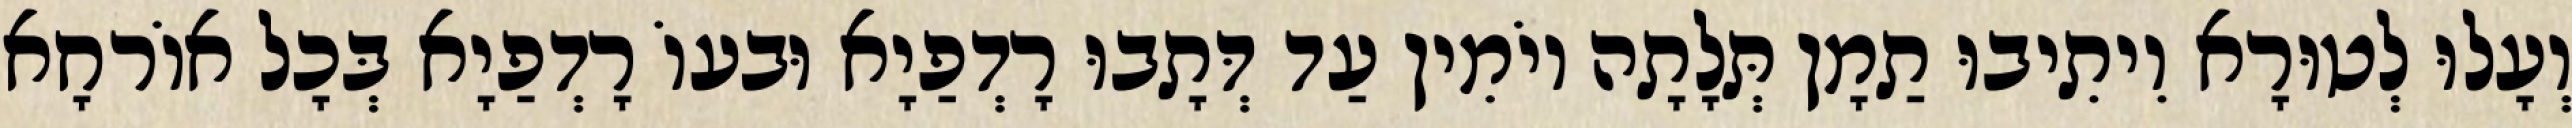
וְעָלוּ לְטוּרָא וִיתִיבוּ תַמָן תְּלָתָה יוֹמִין עַד דְּתָבוּ רָדְפַיָא וּבעוֹ רָדְפַיָא בְּכָל אוֹרחָא